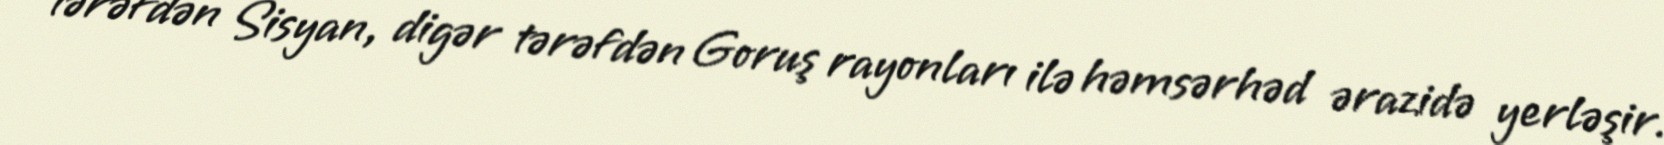
tərəfdən Sisyan, digər tərəfdən Goruş rayonları ilə həmsərhəd ərazidə yerləşir.